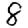
Digit: 8